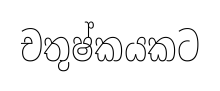
චතුෂ්කයකට